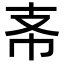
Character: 𢺶